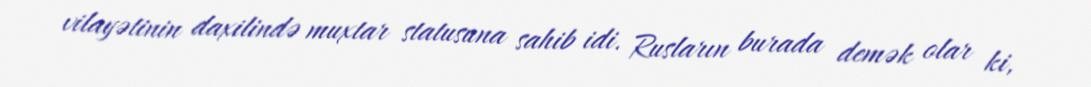
vilayətinin daxilində muxtar statusuna sahib idi. Rusların burada demək olar ki,